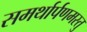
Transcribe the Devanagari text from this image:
समर्थार्पणमस्तु